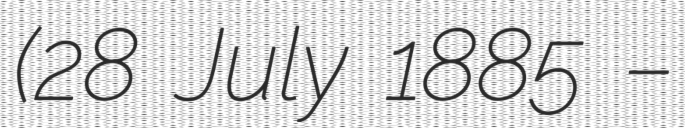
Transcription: (28 July 1885 –